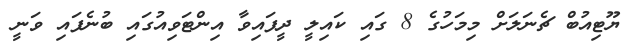
ޔޫޓިއުބް ޗެނަލަށް މިމަހުގެ 8 ގައި ކައިލީ ދީފައިވާ އިންޓަވިއުގައި ބުނެފައި ވަނީ